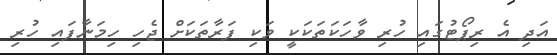
އަދި އެ ރިޕޯޓުގައި ހުރި ވާހަކަތަކަކީ ވަކި ފަރާތަކަށް ޖެހި ހިމަނާފައި ހުރި